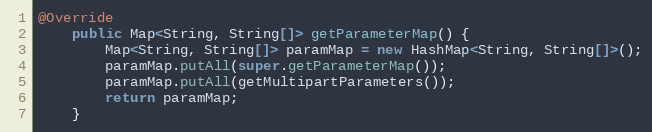
Language: Java
@Override
    public Map<String, String[]> getParameterMap() {
        Map<String, String[]> paramMap = new HashMap<String, String[]>();
        paramMap.putAll(super.getParameterMap());
        paramMap.putAll(getMultipartParameters());
        return paramMap;
    }